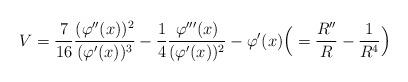
LaTeX: \begin{align*}V=\frac7{16}\frac{(\varphi''(x))^2}{(\varphi'(x))^3}-\frac14\frac{\varphi'''(x)}{(\varphi'(x))^2}-\varphi'(x)\Big(=\frac{R''}{R}-\frac1{R^4} \Big)\end{align*}